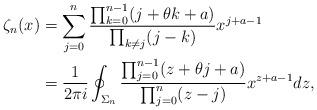
LaTeX: \begin{align*} \zeta_n(x) &= \sum_{j=0}^n \frac{\prod_{k=0}^{n-1} (j + \theta k +a ) }{\prod_{k \neq j}(j-k)} x^{j+a-1} \\ & = \frac{ 1}{2\pi i} \oint_{\Sigma_n} \frac{\prod_{j=0}^{n-1} (z + \theta j +a ) }{\prod_{j=0}^{n}(z-j)} x^{z+a-1} dz ,\end{align*}